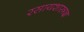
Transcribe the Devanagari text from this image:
रसायशास्त्रज्ञ